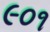
૯૦૧